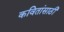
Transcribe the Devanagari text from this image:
कवितांसाठी